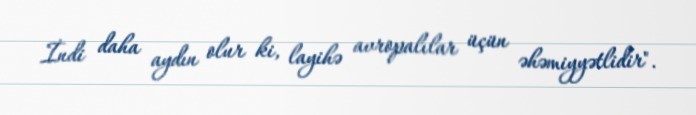
İndi daha aydın olur ki, layihə avropalılar üçün əhəmiyyətlidir".